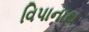
વિપાનાથ